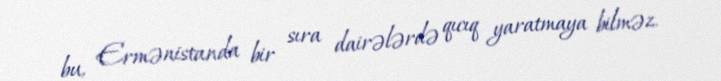
bu, Ermənistanda bir sıra dairələrdə qıcıq yaratmaya bilməz.